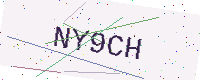
Text: NY9CH